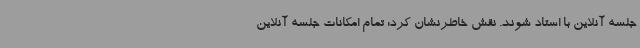
جلسه آنلاین با استاد شوند. نقش خاطرنشان کرد: تمام امکانات جلسه آنلاین